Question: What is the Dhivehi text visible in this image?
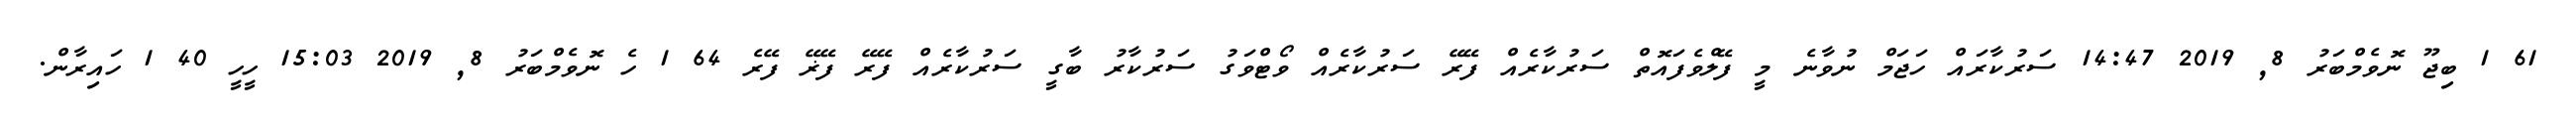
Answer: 61 1 ބިޖޫ ނޮވެމްބަރު 8, 2019 14:47 ސަރުކާރައް ހަޖަމް ނުވާނެ މީ ފޭލްވެފައޮތް ސަރުކާރެއް ފޭރޭ ސަރުކާރެއް ވޯޓްވަގު ސަރުކާރު ބާގީ ސަރުކާރެއް ފޭރޭ ފޭޜޭ ފޭރެ 64 1 ހެ ނޮވެމްބަރު 8, 2019 15:03 ހީހީ 40 1 ހައިރާން.